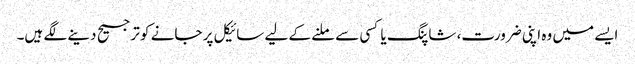
ایسے میں وہ اپنی ضرورت، شاپنگ یا کسی سے ملنے کے لیے سائیکل پر جانے کو ترجیح دینے لگے ہیں۔